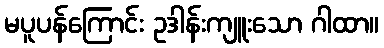
မပူပန်ကြောင်း ဥဒါန်းကျူးသော ဂါထာ။